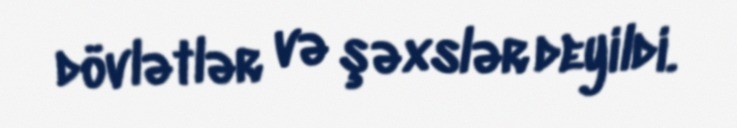
dövlətlər və şəxslər deyildi.